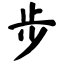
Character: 步